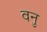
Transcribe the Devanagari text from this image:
वनु